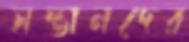
সন্তানদের